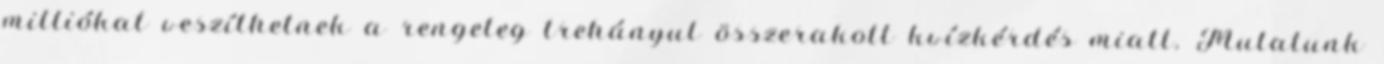
milliókat veszíthetnek a rengeteg trehányul összerakott kvízkérdés miatt. Mutatunk